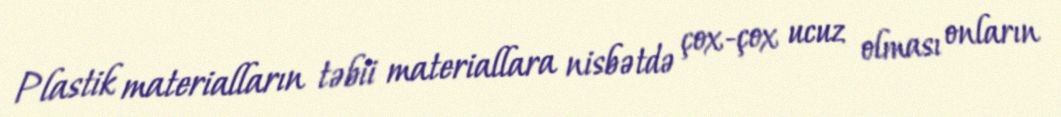
Plastik materialların təbii materiallara nisbətdə çox-çox ucuz olması onların